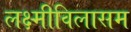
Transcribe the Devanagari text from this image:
लक्ष्मीविलासम